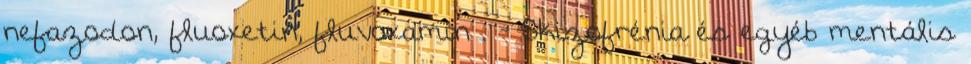
nefazodon, fluoxetin, fluvoxamin . - Skizofrénia és egyéb mentális